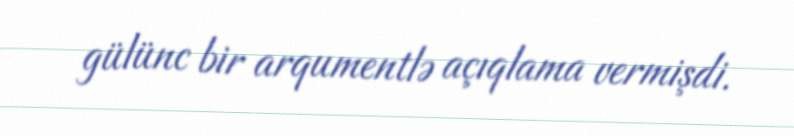
gülünc bir arqumentlə açıqlama vermişdi.